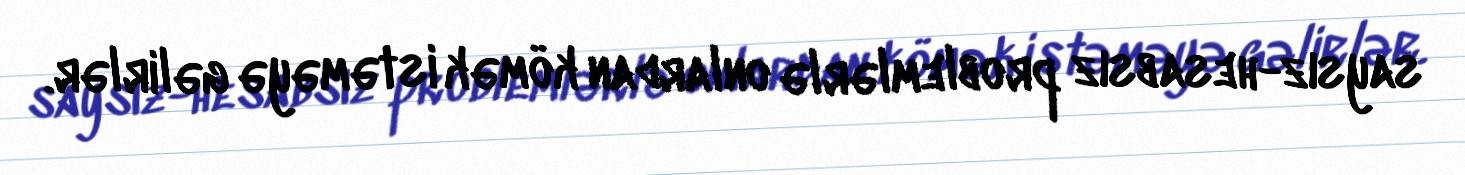
saysız-hesabsız problemlərlə onlardan kömək istəməyə gəlirlər.